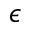
\epsilon